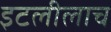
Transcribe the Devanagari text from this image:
इटलीलाच